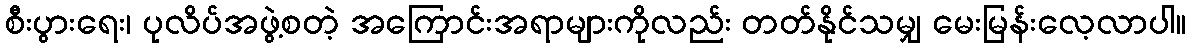
စီးပွားရေး၊ ပုလိပ်အဖွဲ့စတဲ့ အကြောင်းအရာများကိုလည်း တတ်နိုင်သမျှ မေးမြန်းလေ့လာပါ။